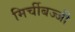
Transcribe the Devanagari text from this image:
मिर्चीबज्जी